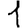
Digit: 1